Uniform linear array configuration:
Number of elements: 64
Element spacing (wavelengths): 1
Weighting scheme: cosine
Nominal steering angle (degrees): -45
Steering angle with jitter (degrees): -46.444
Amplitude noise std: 0.05
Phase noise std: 0.05

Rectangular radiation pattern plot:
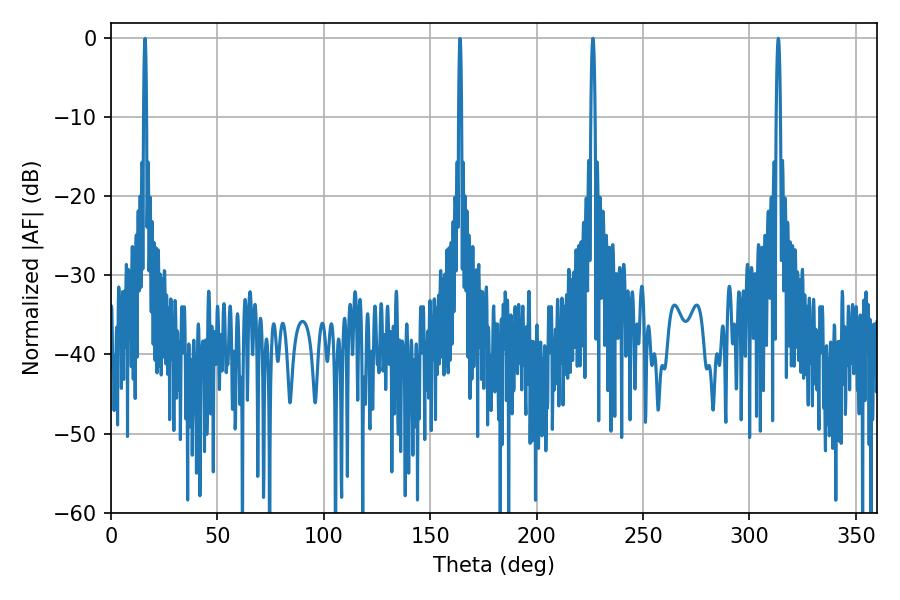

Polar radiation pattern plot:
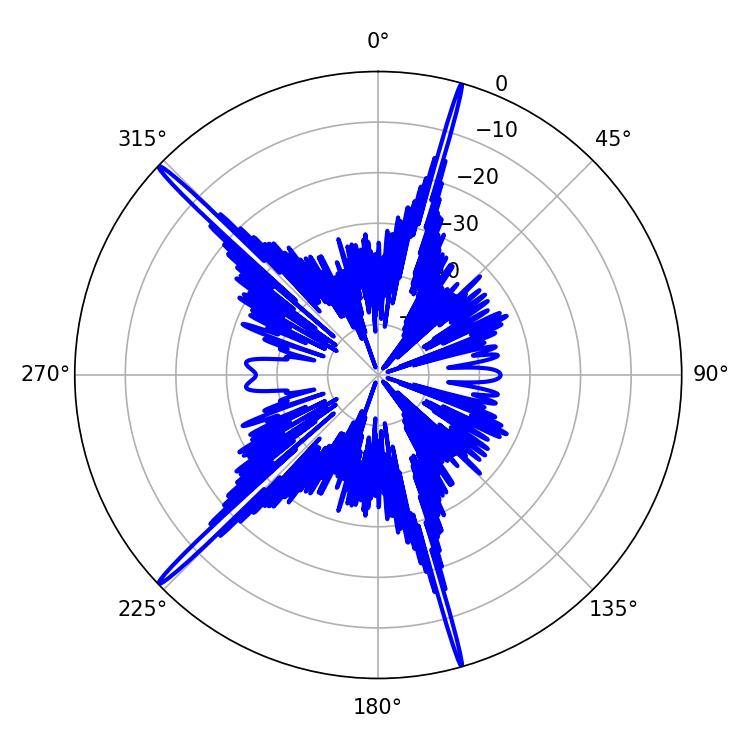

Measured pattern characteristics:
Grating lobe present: TRUE
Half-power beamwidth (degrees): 1.08
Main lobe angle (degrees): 226.44